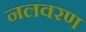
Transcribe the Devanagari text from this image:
नलवरण